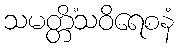
သမတ္တိံသဝိရေစနံ